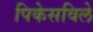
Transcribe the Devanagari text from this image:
पिकेसविले